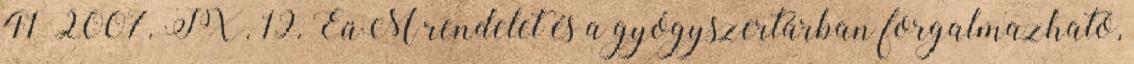
41 2007. IX. 19. EüM rendelet és a gyógyszertárban forgalmazható,